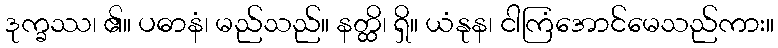
ဒုက္ခဿ၊ ၏။ ပဓာနံ၊ မည်သည်။ နတ္ထိ၊ ရှိ။ ယံနုန၊ ငါကြံအောင်မေသည်ကား။